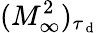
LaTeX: (M_{\infty}^{2})_{\tau_{\mathrm{~d~}}}